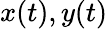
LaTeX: x(t),y(t)